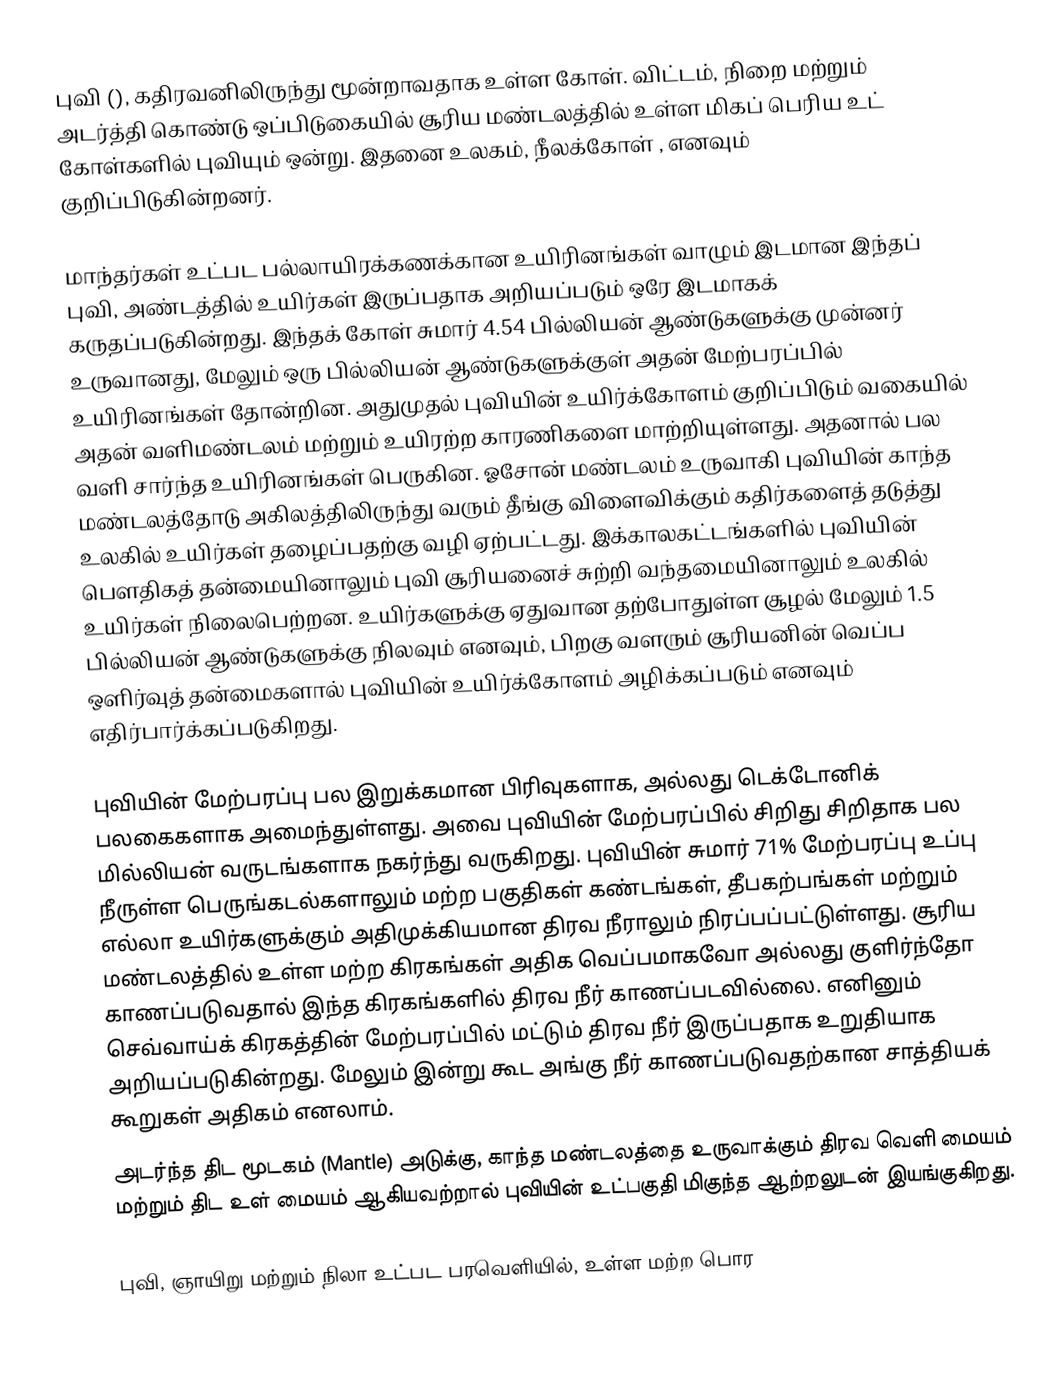
புவி (), கதிரவனிலிருந்து மூன்றாவதாக உள்ள கோள். விட்டம், நிறை மற்றும் அடர்த்தி கொண்டு ஒப்பிடுகையில் சூரிய மண்டலத்தில் உள்ள மிகப் பெரிய உட் கோள்களில் புவியும் ஒன்று. இதனை உலகம், நீலக்கோள் , எனவும் குறிப்பிடுகின்றனர்.

மாந்தர்கள் உட்பட பல்லாயிரக்கணக்கான உயிரினங்கள்  வாழும் இடமான இந்தப் புவி, அண்டத்தில் உயிர்கள் இருப்பதாக அறியப்படும் ஒரே இடமாகக் கருதப்படுகின்றது. இந்தக் கோள் சுமார் 4.54 பில்லியன் ஆண்டுகளுக்கு முன்னர் உருவானது, மேலும் ஒரு பில்லியன் ஆண்டுகளுக்குள் அதன் மேற்பரப்பில் உயிரினங்கள் தோன்றின. அதுமுதல் புவியின் உயிர்க்கோளம் குறிப்பிடும் வகையில் அதன் வளிமண்டலம் மற்றும் உயிரற்ற காரணிகளை மாற்றியுள்ளது. அதனால் பல வளி சார்ந்த உயிரினங்கள் பெருகின. ஓசோன் மண்டலம் உருவாகி புவியின் காந்த மண்டலத்தோடு அகிலத்திலிருந்து வரும் தீங்கு விளைவிக்கும் கதிர்களைத் தடுத்து உலகில் உயிர்கள் தழைப்பதற்கு வழி ஏற்பட்டது. இக்காலகட்டங்களில் புவியின் பௌதிகத் தன்மையினாலும் புவி சூரியனைச் சுற்றி வந்தமையினாலும் உலகில் உயிர்கள் நிலைபெற்றன. உயிர்களுக்கு ஏதுவான தற்போதுள்ள சூழல் மேலும் 1.5 பில்லியன் ஆண்டுகளுக்கு நிலவும் எனவும், பிறகு வளரும் சூரியனின் வெப்ப ஒளிர்வுத் தன்மைகளால் புவியின் உயிர்க்கோளம் அழிக்கப்படும் எனவும் எதிர்பார்க்கப்படுகிறது.

புவியின் மேற்பரப்பு பல இறுக்கமான பிரிவுகளாக, அல்லது டெக்டோனிக் பலகைகளாக அமைந்துள்ளது. அவை புவியின் மேற்பரப்பில் சிறிது சிறிதாக பல மில்லியன் வருடங்களாக நகர்ந்து வருகிறது. புவியின் சுமார் 71% மேற்பரப்பு உப்பு நீருள்ள பெருங்கடல்களாலும் மற்ற பகுதிகள் கண்டங்கள், தீபகற்பங்கள் மற்றும் எல்லா உயிர்களுக்கும் அதிமுக்கியமான திரவ நீராலும் நிரப்பப்பட்டுள்ளது. சூரிய மண்டலத்தில் உள்ள மற்ற கிரகங்கள் அதிக வெப்பமாகவோ அல்லது குளிர்ந்தோ காணப்படுவதால் இந்த கிரகங்களில் திரவ நீர் காணப்படவில்லை. எனினும் செவ்வாய்க் கிரகத்தின் மேற்பரப்பில் மட்டும் திரவ நீர் இருப்பதாக உறுதியாக அறியப்படுகின்றது. மேலும் இன்று கூட அங்கு நீர் காணப்படுவதற்கான சாத்தியக் கூறுகள் அதிகம் எனலாம்.
 அடர்ந்த திட மூடகம் (Mantle) அடுக்கு, காந்த மண்டலத்தை உருவாக்கும் திரவ வெளி மையம் மற்றும் திட உள் மையம் ஆகியவற்றால் புவியின் உட்பகுதி மிகுந்த ஆற்றலுடன் இயங்குகிறது.

புவி, ஞாயிறு மற்றும் நிலா உட்பட பரவெளியில், உள்ள மற்ற பொர